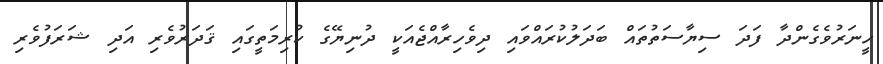
ހީނަރުވެގެންދާ ފަދަ ސިޔާސަތުތައް ބަދަލުކުރައްވައި ދިވެހިރާއްޖެއަކީ ދުނިޔޭގެ ކުރިމަތީގައި ޤަދަރުވެރި އަދި ޝަރަފުވެރި